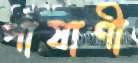
পাষাণী